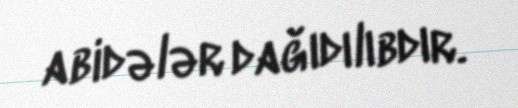
abidələr dağıdılıbdır.